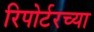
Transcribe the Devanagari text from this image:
रिपोर्टरच्या